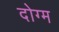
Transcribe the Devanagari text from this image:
दोग्म